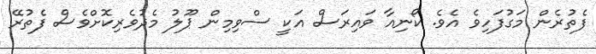
ފެތުރެން މަގުފަހިވެ އެވެ. ކޯނިއާ ވައިރަސް އަކީ ސްވިމިން ޕޫލު މެދުވެރިކޮށްވެސް ފެތުރޭ